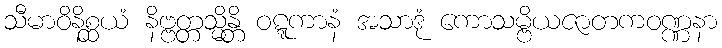
သီမာဝိနိစ္ဆယံ နိဗ္ဗတ္တသ္မိန္တိ ဝဋ္ဋကာနံ အသာဒုံ ကောသမ္ဗိယဇာတကဝဏ္ဏနာ